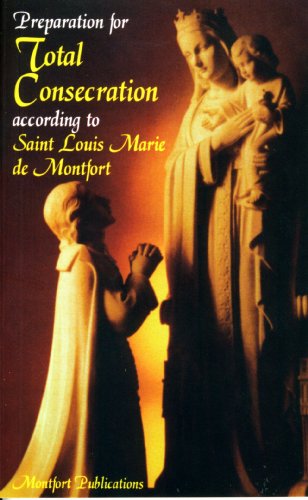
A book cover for Preparation for Total Consecration; St. Louis Marie de Montfort; Religion & Spirituality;